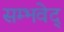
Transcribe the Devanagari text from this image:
सम्भवेद्